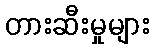
တားဆီးမှုများ